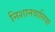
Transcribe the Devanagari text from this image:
निशानवालिया